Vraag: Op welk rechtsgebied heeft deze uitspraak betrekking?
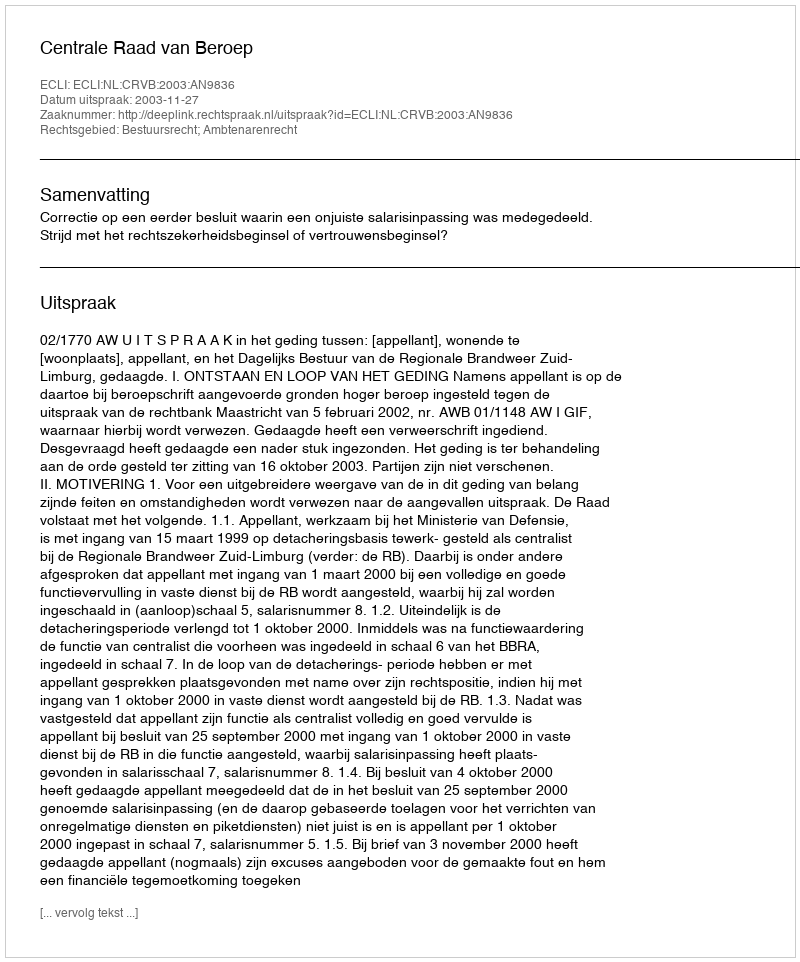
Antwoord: Bestuursrecht; Ambtenarenrecht